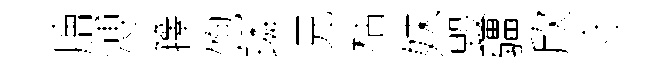
膾溥籜饱璘兄枯妹毀疆欣守